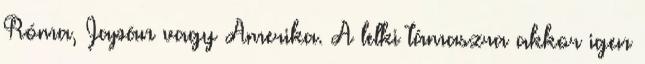
Róma, Japán vagy Amerika. A lelki támaszra akkor igen